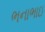
ભનાભાઇ